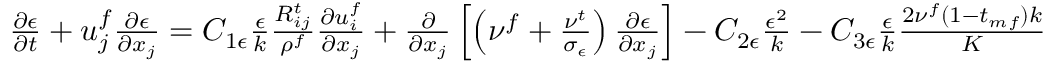
\begin{array} { r } { \frac { \partial \epsilon } { \partial t } + u _ { j } ^ { f } \frac { \partial \epsilon } { \partial x _ { j } } = C _ { 1 \epsilon } \frac { \epsilon } { k } \frac { R _ { i j } ^ { t } } { \rho ^ { f } } \frac { \partial u _ { i } ^ { f } } { \partial x _ { j } } + \frac { \partial } { \partial x _ { j } } \left[ \left( \nu ^ { f } + \frac { \nu ^ { t } } { \sigma _ { \epsilon } } \right) \frac { \partial \epsilon } { \partial x _ { j } } \right] - C _ { 2 \epsilon } \frac { \epsilon ^ { 2 } } { k } - C _ { 3 \epsilon } \frac { \epsilon } { k } \frac { 2 \nu ^ { f } ( 1 - t _ { m f } ) k } { K } } \end{array}